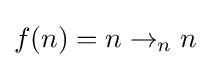
f(n)=n\rightarrow _{n}n